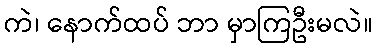
ကဲ၊ နောက်ထပ် ဘာ မှာကြဦးမလဲ။